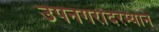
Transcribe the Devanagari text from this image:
उपनगरांदरम्यान